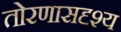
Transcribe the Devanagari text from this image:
तोरणासदृश्य